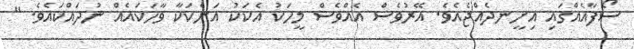
ސޯފާއެއްގައި އިށީނދެއްޖެއެވެ. އޭރުވެސް އެއްވެސް މީހަކު އެކަކު އަނެކަކާ ވާހަކައެއް ނުދައްކައެވެ. "